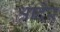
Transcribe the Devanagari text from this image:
श्रादेर